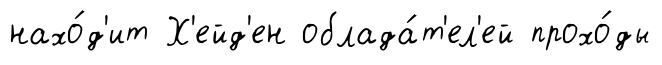
нахо́д'ит Х'ейд'ен облада́т'ел'ей прохо́ды